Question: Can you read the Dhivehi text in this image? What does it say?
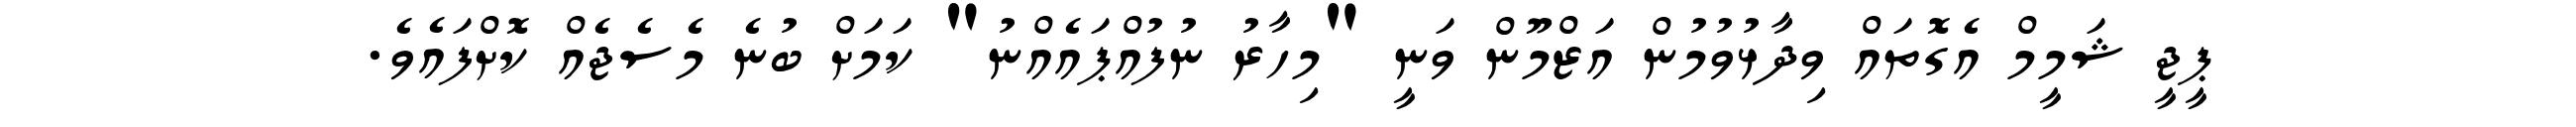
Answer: ޕީޖީ ޝަމީމް އެގޮތައް ވިދާޅުވުމުން އަޒްމޫން ވަނީ "މިހާރު ނުފުއްޕައެއްނު" ކަމަށް ބުނެ މެސެޖެއް ކޮށްފައެވެ.